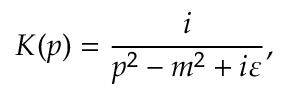
K ( p ) = { \frac { i } { p ^ { 2 } - m ^ { 2 } + i \varepsilon } } ,